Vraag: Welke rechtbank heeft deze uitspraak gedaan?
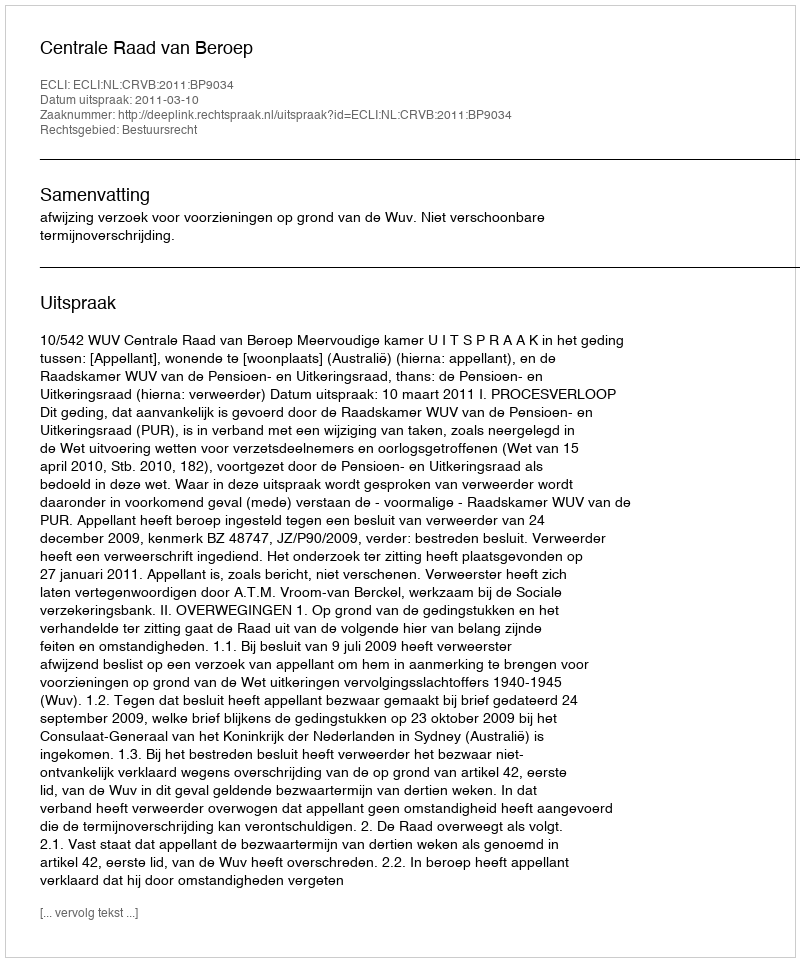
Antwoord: Centrale Raad van Beroep